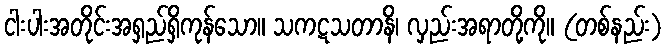
ငါးပါးအတိုင်းအရှည်ရှိကုန်သော။ သကဋသတာနိ၊ လှည်းအရာတို့ကို။ (တစ်နည်း)